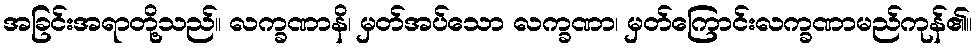
အခြင်းအရာတို့သည်။ လက္ခဏာနိ၊ မှတ်အပ်သော လက္ခဏာ၊ မှတ်ကြောင်းလက္ခဏာမည်ကုန်၏။